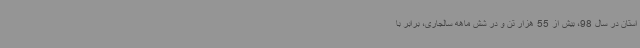
استان در سال 98، بیش از 55 هزار تن و در شش ماهه سالجاری، برابر با